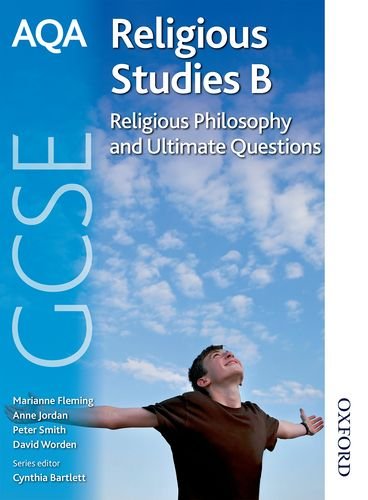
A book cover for AQA GCSE Religious Studies B - Religious Philosophy and Ultimate Questions; Anne Jordan; Teen & Young Adult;